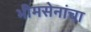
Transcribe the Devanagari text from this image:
भीमसेनांचा